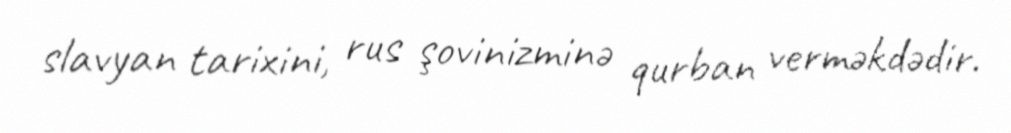
slavyan tarixini, rus şovinizminə qurban verməkdədir.